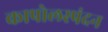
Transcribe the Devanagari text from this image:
कापोलस्पंदन